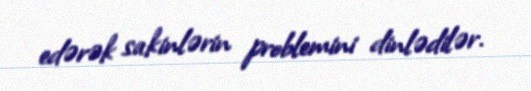
edərək sakinlərin problemini dinlədilər.